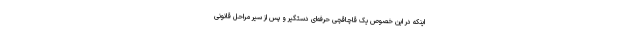
اینکه در این خصوص یک قاچاقچی حرفه‌ای دستگیر و پس از سیر مراحل قانونی